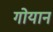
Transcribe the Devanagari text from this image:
गोयान